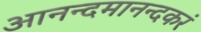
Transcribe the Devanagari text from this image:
आनन्दमानन्दकरं